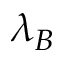
\lambda _ { B }